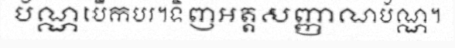
ប័ណ្ណបើកបរ។ទិញអត្តសញ្ញាណប័ណ្ណ។